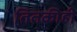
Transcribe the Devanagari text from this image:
तितकीही